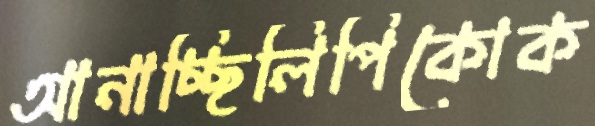
আনাচ্ছিলিপিকোক